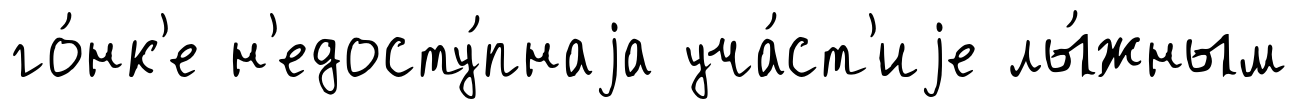
го́нк'е н'едосту́пнаjа уча́ст'иjе лы́жным